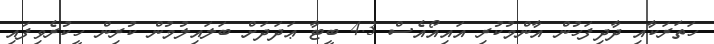
ހަތަރަކާއި ދާދިފަހުން އާންމުކުރި އައިއޯއެސް 4.3 ބީޓާ ޢަދަދަށް ބަލައިލުމުން ކުރިން ހީކުރެވިފައި